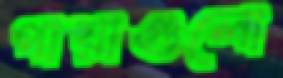
পায়াগুলো